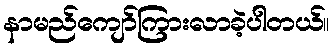
နာမည်ကျော်ကြားလာခဲ့ပါတယ်။